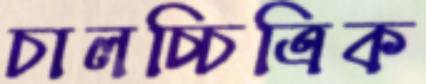
চালচ্চিত্রিক